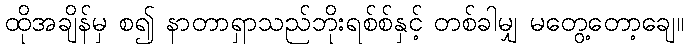
ထိုအချိန်မှ စ၍ နာတာရှာသည်ဘိုးရစ်စ်နှင့် တစ်ခါမျှ မတွေ့တော့ချေ။